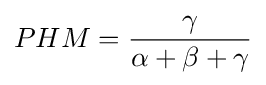
PHM={\frac {\gamma }{\alpha +\beta +\gamma }}